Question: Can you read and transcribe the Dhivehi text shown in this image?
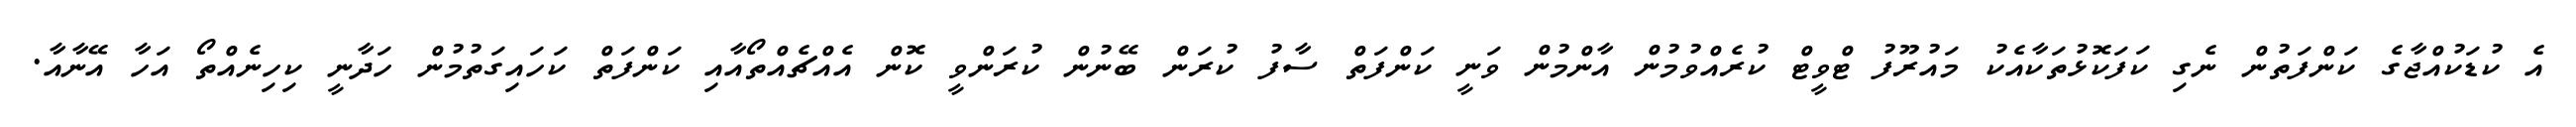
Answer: އެ ކުޑަކުއްޖާގެ ކަންފަތުން ނެގި ކަފަކޮޅުތަކާއެކު މައުރޫފު ޓްވީޓް ކުރެއްވުމުން އާންމުން ވަނީ ކަންފަތް ސާފު ކުރަން ބޭނުން ކުރަންވީ ކޮން އެއްޗެއްތޯއާއި ކަންފަތް ކަހައިގަތުމުން ހަދާނީ ކިހިނެއްތޯ އަހާ އޭނާއާ.